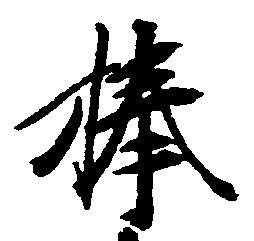
捧